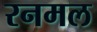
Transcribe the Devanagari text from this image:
रनमल